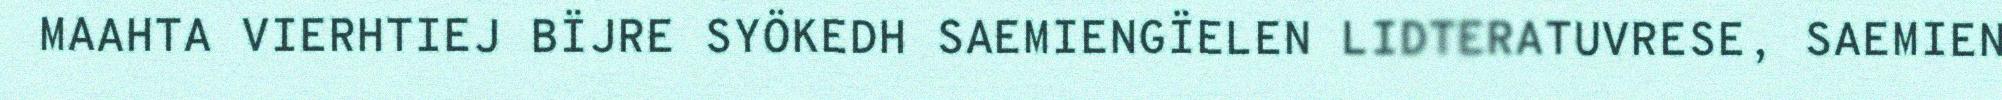
MAAHTA VIERHTIEJ BÏJRE SYÖKEDH SAEMIENGÏELEN LIDTERATUVRESE, SAEMIEN